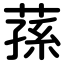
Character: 蓀